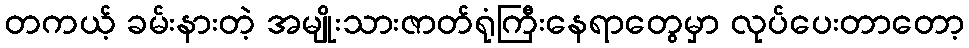
တကယ့် ခမ်းနားတဲ့ အမျိုးသားဇာတ်ရုံကြီးနေရာတွေမှာ လုပ်ပေးတာတော့